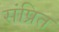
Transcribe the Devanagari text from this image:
संप्रित